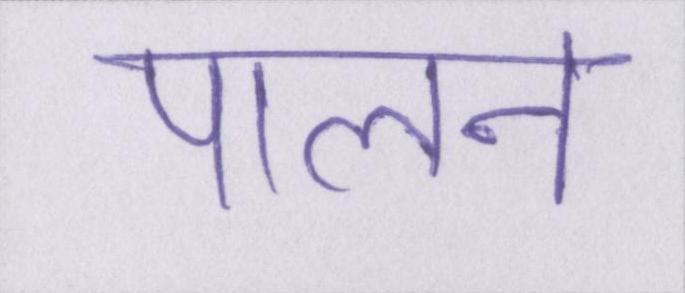
पालन